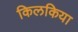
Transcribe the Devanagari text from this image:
किलकिया